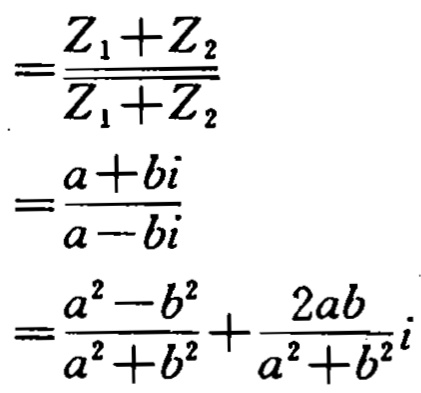
\[
\begin{align*}
&=\frac{Z_{1} + Z_{2}}{Z_{1}+Z_{2}}\\
&=\frac{a + bi}{a - bi}\\
&=\frac{a^{2}-b^{2}}{a^{2}+b^{2}}+\frac{2ab}{a^{2}+b^{2}}i
\end{align*}
\]